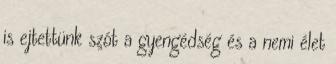
is ejtettünk szót a gyengédség és a nemi élet